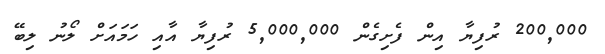
200